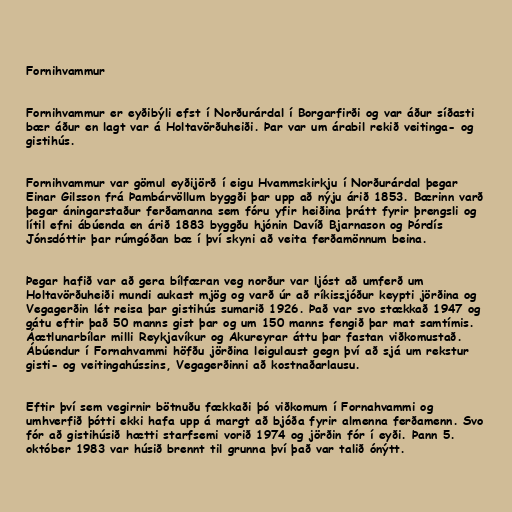
Fornihvammur

Fornihvammur er eyðibýli efst í Norðurárdal í Borgarfirði og var áður síðasti
bær áður en lagt var á Holtavörðuheiði. Þar var um árabil rekið veitinga- og
gistihús.

Fornihvammur var gömul eyðijörð í eigu Hvammskirkju í Norðurárdal þegar
Einar Gilsson frá Þambárvöllum byggði þar upp að nýju árið 1853. Bærinn varð
þegar áningarstaður ferðamanna sem fóru yfir heiðina þrátt fyrir þrengsli og
lítil efni ábúenda en árið 1883 byggðu hjónin Davíð Bjarnason og Þórdís
Jónsdóttir þar rúmgóðan bæ í því skyni að veita ferðamönnum beina.

Þegar hafið var að gera bílfæran veg norður var ljóst að umferð um
Holtavörðuheiði mundi aukast mjög og varð úr að ríkissjóður keypti jörðina og
Vegagerðin lét reisa þar gistihús sumarið 1926. Það var svo stækkað 1947 og
gátu eftir það 50 manns gist þar og um 150 manns fengið þar mat samtímis.
Áætlunarbílar milli Reykjavíkur og Akureyrar áttu þar fastan viðkomustað.
Ábúendur í Fornahvammi höfðu jörðina leigulaust gegn því að sjá um rekstur
gisti- og veitingahússins, Vegagerðinni að kostnaðarlausu.

Eftir því sem vegirnir bötnuðu fækkaði þó viðkomum í Fornahvammi og
umhverfið þótti ekki hafa upp á margt að bjóða fyrir almenna ferðamenn. Svo
fór að gistihúsið hætti starfsemi vorið 1974 og jörðin fór í eyði. Þann 5.
október 1983 var húsið brennt til grunna því það var talið ónýtt.